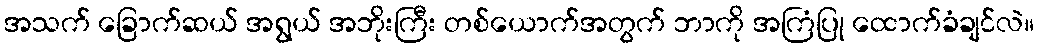
အသက် ခြောက်ဆယ် အရွယ် အဘိုးကြီး တစ်ယောက်အတွက် ဘာကို အကြံပြု ထောက်ခံချင်လဲ။